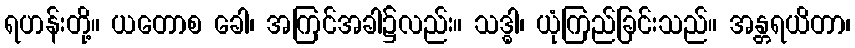
ရဟန်းတို့။ ယတောစ ခေါ၊ အကြင်အခါ၌လည်း။ သဒ္ဓါ၊ ယုံကြည်ခြင်းသည်။ အန္တရယိတာ၊